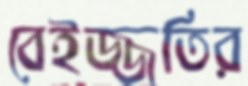
বেইজ্জতির